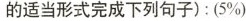
的适当形式完成下列句子) : (5%)